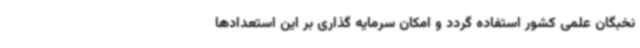
نخبگان علمی کشور استفاده گردد و امکان سرمایه گذاری بر این استعدادها